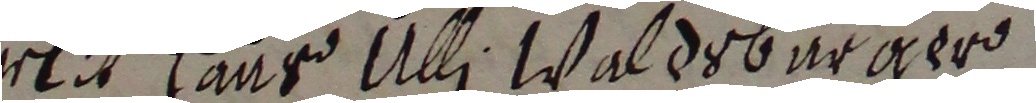
rlit Hans Ulli Waldsburger